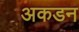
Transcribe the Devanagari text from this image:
अकडन